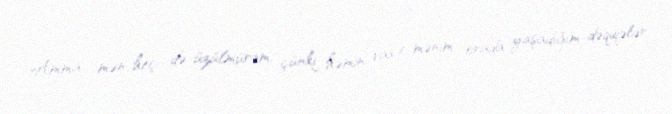
Amma, mən heç də üzülmürəm, çünki həmin vaxt mənim orada yaşadığım dəqiqələr